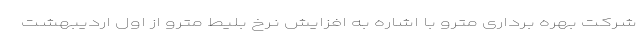
شرکت بهره برداری مترو با اشاره به افزایش نرخ بلیط مترو از اول اردیبهشت